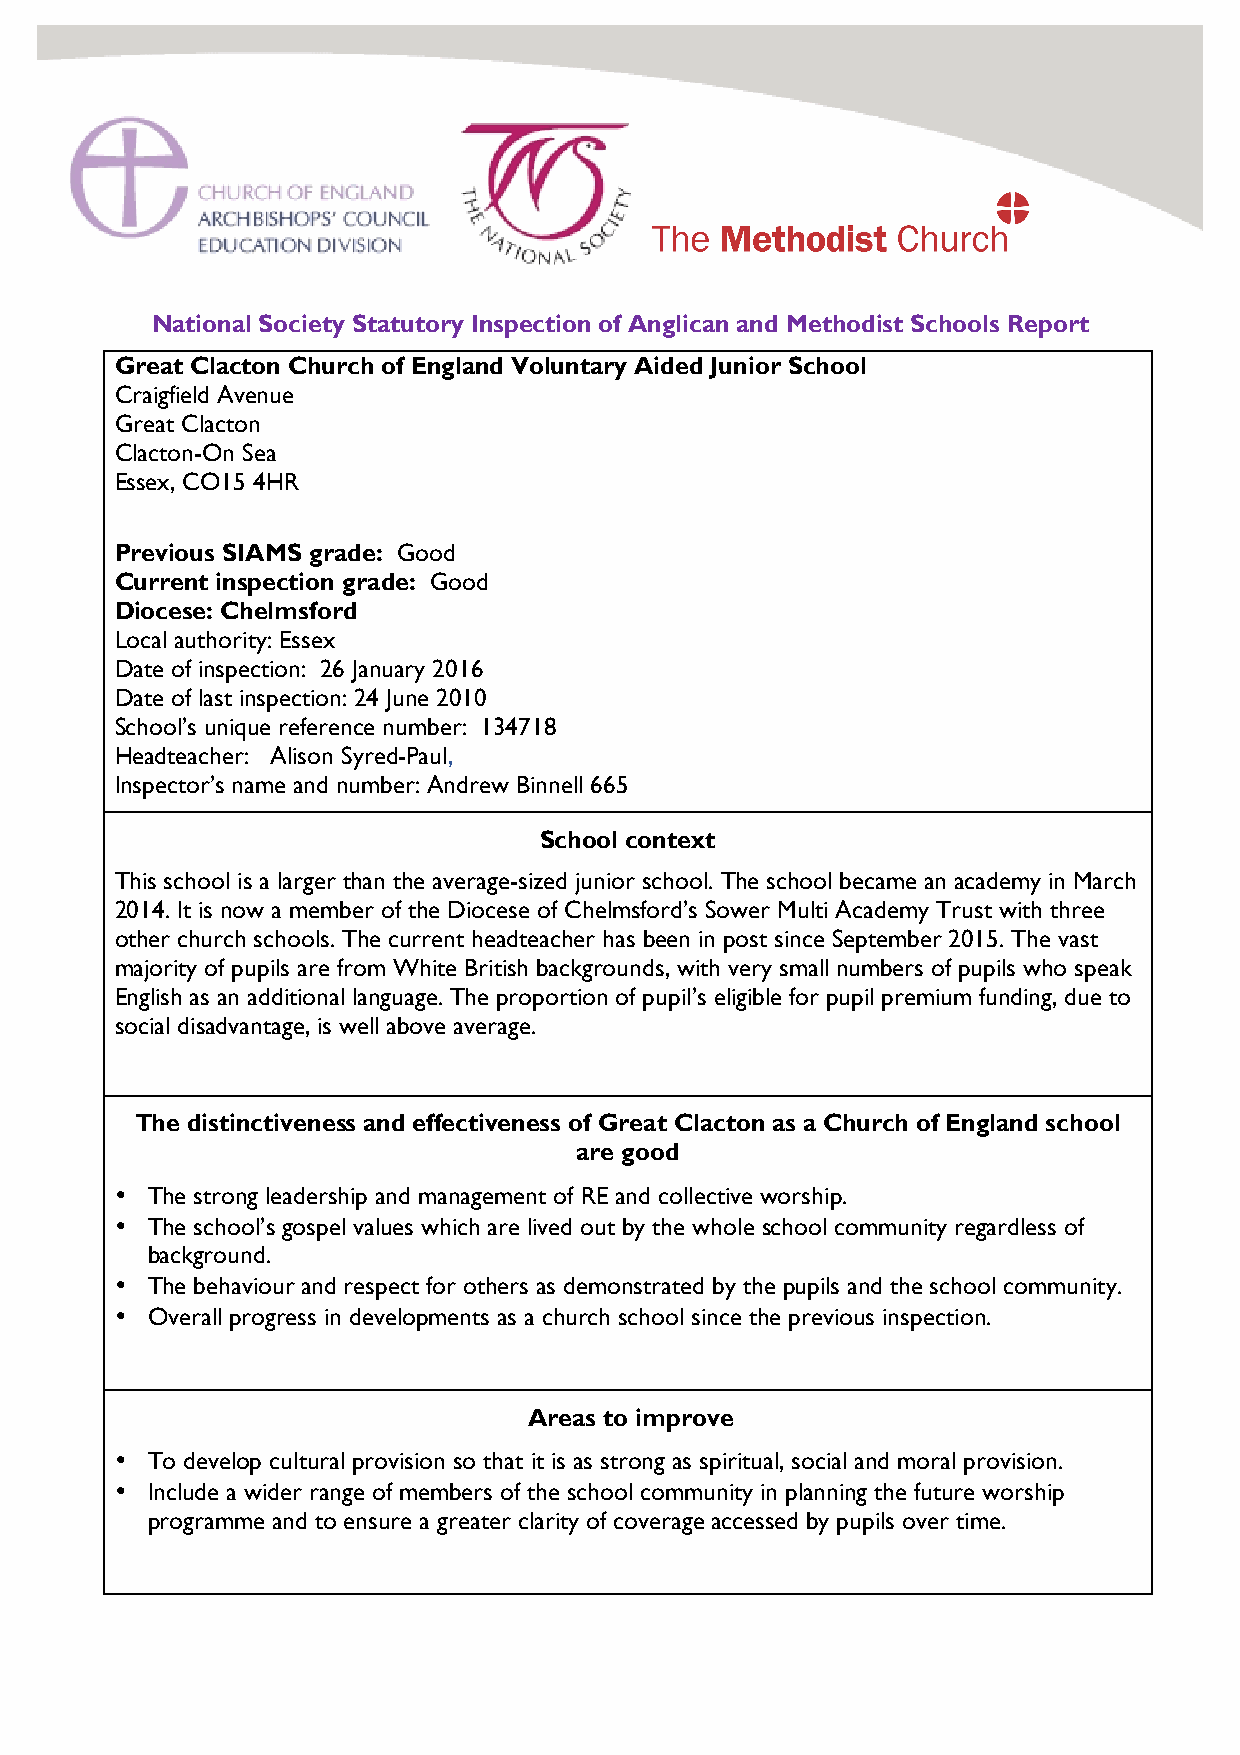
National Society Statutory Inspection of Anglican and Methodist Schools Report
 Great Clacton Church of England Voluntary Aided Junior School
 Craigfield Avenue
 Great Clacton
 Clacton-On Sea
 Essex, CO15 4HR
 Previous SIAMS grade: Good
 Current inspection grade: Good
 Diocese: Chelmsford
 Local authority: Essex
 Date of inspection: 26 January 2016
 Date of last inspection: 24 June 2010
 School’s unique reference number: 134718
 Headteacher: Alison Syred-Paul,
 Inspector’s name and number: Andrew Binnell 665
 School context
 This school is a larger than the average-sized junior school. The school became an academy in March
 2014. It is now a member of the Diocese of Chelmsford’s Sower Multi Academy Trust with three
 other church schools. The current headteacher has been in post since September 2015. The vast
 majority of pupils are from White British backgrounds, with very small numbers of pupils who speak
 English as an additional language. The proportion of pupil’s eligible for pupil premium funding, due to
 social disadvantage, is well above average.
 The distinctiveness and effectiveness of Great Clacton as a Church of England school
 are good
 • The strong leadership and management of RE and collective worship.
 • The school’s gospel values which are lived out by the whole school community regardless of
 background.
 • The behaviour and respect for others as demonstrated by the pupils and the school community.
 • Overall progress in developments as a church school since the previous inspection.
 Areas to improve
 • To develop cultural provision so that it is as strong as spiritual, social and moral provision.
 • Include a wider range of members of the school community in planning the future worship
 programme and to ensure a greater clarity of coverage accessed by pupils over time.